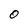
Character: O